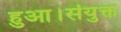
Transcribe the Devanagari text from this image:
हुआ।संयुक्त